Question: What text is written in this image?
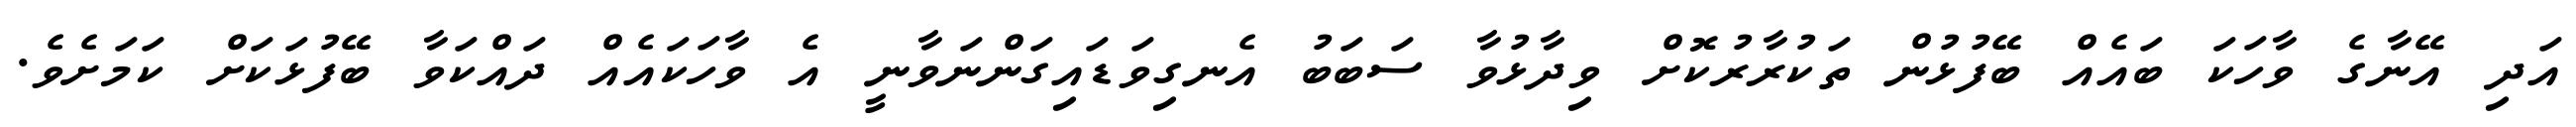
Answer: އަދި އޭނާގެ ވާހަކަ ބައެއް ބޭފުޅުން ތަކުރާރުކޮށް ވިދާޅުވާ ސަބަބު އެނގިވަޑައިގަންނަވާނީ އެ ވާހަކައެއް ދައްކަވާ ބޭފުޅަކަށް ކަމަށެވެ.